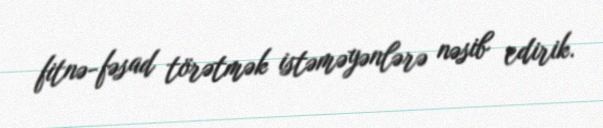
fitnə-fəsad törətmək istəməyənlərə nəsib edirik.